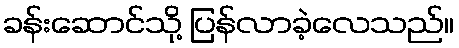
ခန်းဆောင်သို့ ပြန်လာခဲ့လေသည်။